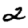
Digit: 2